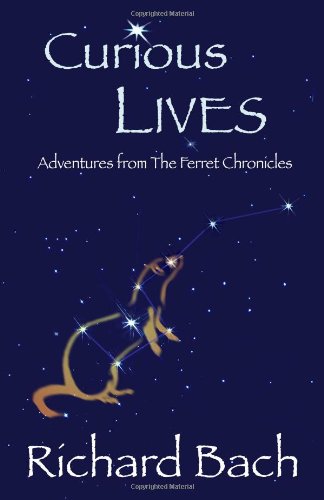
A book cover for Curious Lives: Adventures from the Ferret Chronicles; Richard Bach; Literature & Fiction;